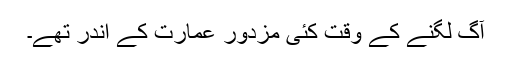
آگ لگنے کے وقت کئی مزدور عمارت کے اندر تھے۔